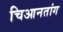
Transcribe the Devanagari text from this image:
चिआनतांग